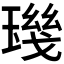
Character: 𱯘